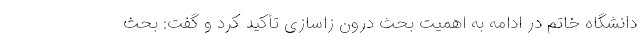
دانشگاه خاتم در ادامه به اهمیت بحث درون­ زاسازی تأکید کرد و گفت: بحث